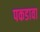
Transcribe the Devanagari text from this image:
पकडावा